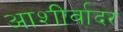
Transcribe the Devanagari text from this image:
आशीर्वादर